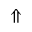
\Uparrow